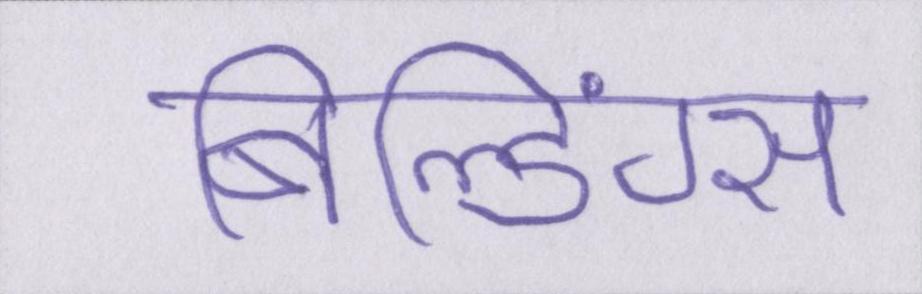
बिल्डिंग्स